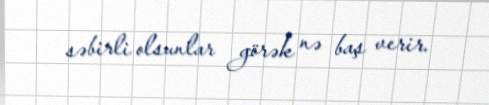
səbirli olsunlar görək nə baş verir.